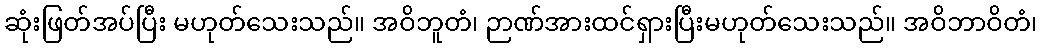
ဆုံးဖြတ်အပ်ပြီး မဟုတ်သေးသည်။ အဝိဘူတံ၊ ဉာဏ်အားထင်ရှားပြီးမဟုတ်သေးသည်။ အဝိဘာဝိတံ၊